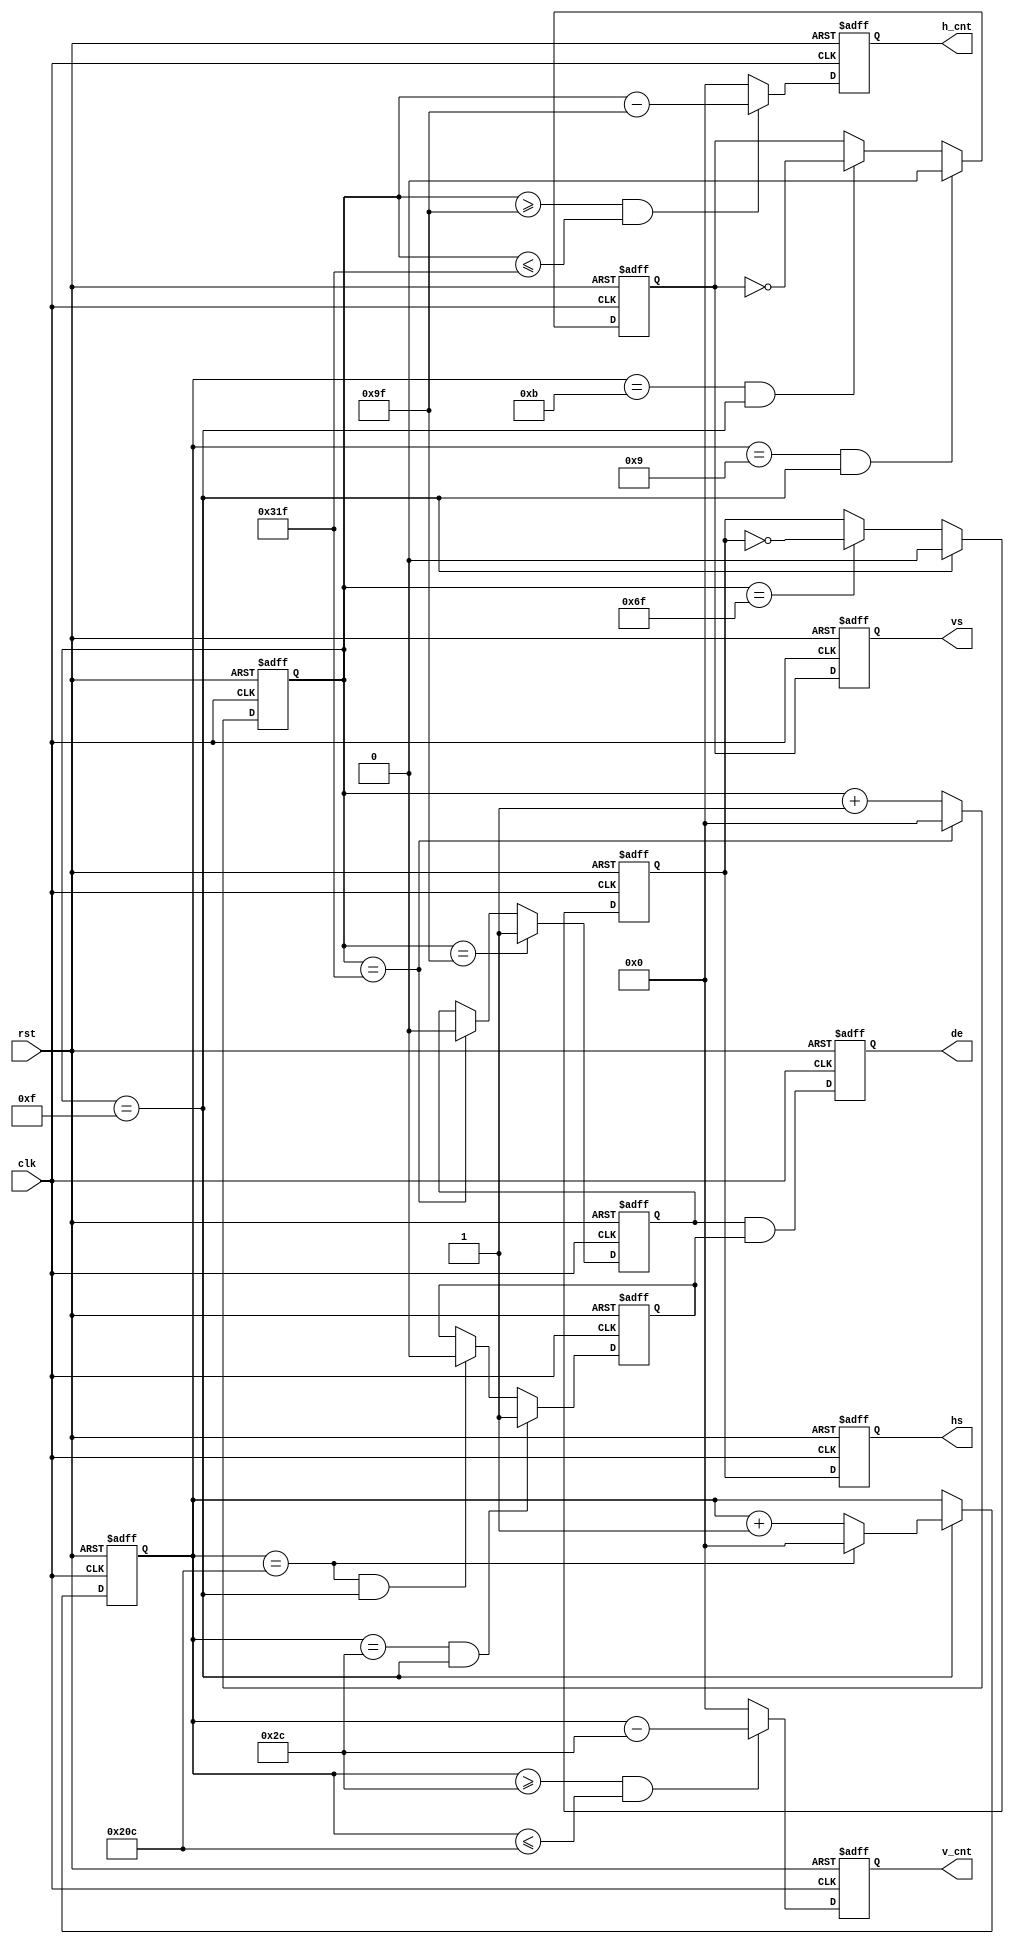

module color_bar(
	input                 clk,        
	input                 rst,        
	output                hs,         
	output                vs,         
	output                de,         
output reg [11:0] v_cnt,
output reg [11:0] h_cnt
);


parameter H_ACTIVE = 16'd640; 
parameter H_FP = 16'd16;      
parameter H_SYNC = 16'd96;    
parameter H_BP = 16'd48;      
parameter V_ACTIVE = 16'd480; 
parameter V_FP  = 16'd10;    
parameter V_SYNC  = 16'd2;    
parameter V_BP  = 16'd33;    
parameter HS_POL = 1'b0;
parameter VS_POL = 1'b0;



parameter H_TOTAL = H_ACTIVE + H_FP + H_SYNC + H_BP;
parameter V_TOTAL = V_ACTIVE + V_FP + V_SYNC + V_BP;


reg hs_reg;                    
reg vs_reg;                    
reg hs_reg_d0;                 
reg vs_reg_d0;                 
reg[11:0] h_cnt0;              
reg[11:0] v_cnt0;              
reg[11:0] active_x;            
reg[11:0] active_y;            
reg[7:0] rgb_r_reg;            
reg[7:0] rgb_g_reg;            
reg[7:0] rgb_b_reg;            
reg h_active;                  
reg v_active;                  
wire video_active;             
reg video_active_d0;           
assign hs = hs_reg_d0;
assign vs = vs_reg_d0;
assign video_active = h_active & v_active;
assign de = video_active_d0;
assign rgb_r = rgb_r_reg;
assign rgb_g = rgb_g_reg;
assign rgb_b = rgb_b_reg;
always@(posedge clk or posedge rst)
begin
	if(rst == 1'b1)
		begin
			hs_reg_d0 <= 1'b0;
			vs_reg_d0 <= 1'b0;
			video_active_d0 <= 1'b0;
		end
	else
		begin
			hs_reg_d0 <= hs_reg;
			vs_reg_d0 <= vs_reg;
			video_active_d0 <= video_active;
		end
end

always@(posedge clk or posedge rst)
begin
	if(rst == 1'b1)
		h_cnt0 <= 12'd0;
	else if(h_cnt0 == H_TOTAL - 1)
		h_cnt0 <= 12'd0;
	else
		h_cnt0 <= h_cnt0 + 12'd1;
end

always@(posedge clk or posedge rst)
begin
	if(rst == 1'b1)
		h_cnt <= 12'd0;
	else if((h_cnt0 >= H_FP + H_SYNC + H_BP - 1)&&(h_cnt0 <= H_TOTAL - 1))
		h_cnt <= h_cnt0 - (H_FP[11:0] + H_SYNC[11:0] + H_BP[11:0] - 12'd1);
	else
		h_cnt <= 0;
end

always@(posedge clk or posedge rst)
begin
	if(rst == 1'b1)
		v_cnt0 <= 12'd0;
	else if(h_cnt0 == H_FP  - 1)
		if(v_cnt0 == V_TOTAL - 1)
			v_cnt0 <= 12'd0;
		else
			v_cnt0 <= v_cnt0 + 12'd1;
	else
		v_cnt0 <= v_cnt0;
end

always@(posedge clk or posedge rst)
begin
	if(rst == 1'b1)
		v_cnt <= 12'd0;
	else if((v_cnt0 >= V_FP + V_SYNC + V_BP - 1)&&(v_cnt0 <= V_TOTAL - 1))
		v_cnt <= v_cnt0 - (V_FP[11:0] + V_SYNC[11:0] + V_BP[11:0] - 12'd1);
	else
		v_cnt <= 0;
end

always@(posedge clk or posedge rst)
begin
	if(rst == 1'b1)
		hs_reg <= 1'b0;
	else if(h_cnt0 == H_FP - 1)
		hs_reg <= HS_POL;
	else if(h_cnt0 == H_FP + H_SYNC - 1)
		hs_reg <= ~hs_reg;
	else
		hs_reg <= hs_reg;
end

always@(posedge clk or posedge rst)
begin
	if(rst == 1'b1)
		h_active <= 1'b0;
	else if(h_cnt0 == H_FP + H_SYNC + H_BP - 1)
		h_active <= 1'b1;
	else if(h_cnt0 == H_TOTAL - 1)
		h_active <= 1'b0;
	else
		h_active <= h_active;
end
 

always@(posedge clk or posedge rst)
begin
	if(rst == 1'b1)
		vs_reg <= 1'd0;
	else if((v_cnt0 == V_FP - 1) && (h_cnt0 == H_FP - 1))
		vs_reg <= HS_POL;
	else if((v_cnt0 == V_FP + V_SYNC - 1) && (h_cnt0 == H_FP - 1))
		vs_reg <= ~vs_reg;  
	else
		vs_reg <= vs_reg;
end

always@(posedge clk or posedge rst)
begin
	if(rst == 1'b1)
		v_active <= 1'd0;
	else if((v_cnt0 == V_FP + V_SYNC + V_BP - 1) && (h_cnt0 == H_FP - 1))
		v_active <= 1'b1;
	else if((v_cnt0 == V_TOTAL - 1) && (h_cnt0 == H_FP - 1)) 
		v_active <= 1'b0;   
	else
		v_active <= v_active;
end

endmodule